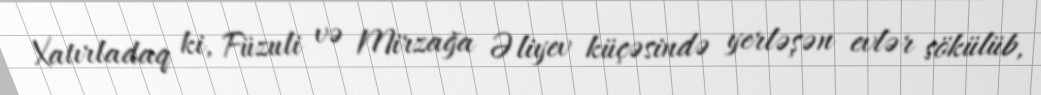
Xatırladaq ki, Füzuli və Mirzağa Əliyev küçəsində yerləşən evlər sökülüb,